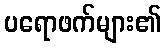
ပရောဖက်များ၏